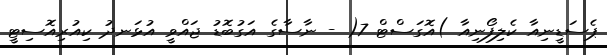
ޕެސަޑީނިއާ ކެލިފޯނިއާ )އޮގަސްޓް 7( - ނާސާގެ އަގުބޮޑު ޖައްވީ އުޅަނދު ކިއުރިއޮސިޓީ